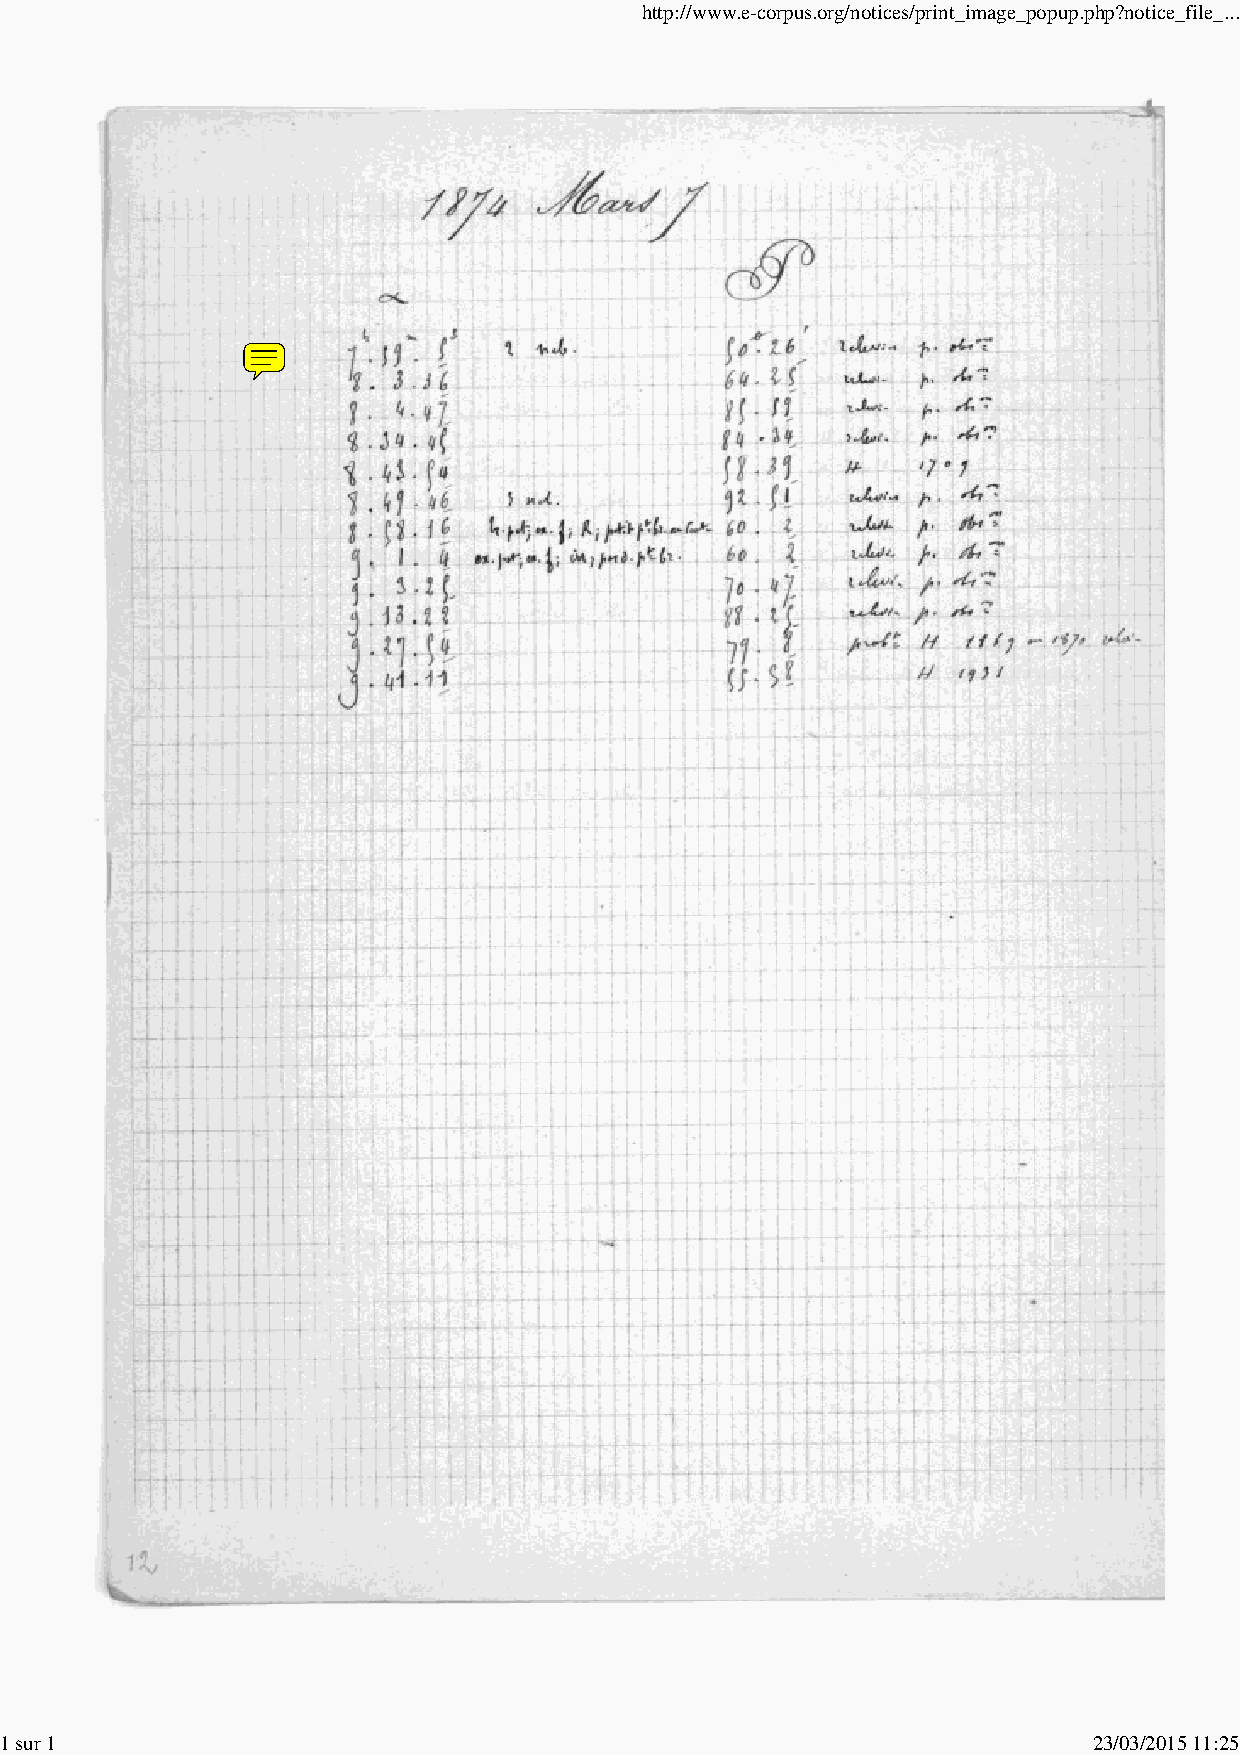
http://www.e-corpus.org/notices/print_image_popup.php?notice_file_...
 1 sur 1                                                                 23/03/2015 11:25